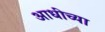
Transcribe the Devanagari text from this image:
आधीच्‍या